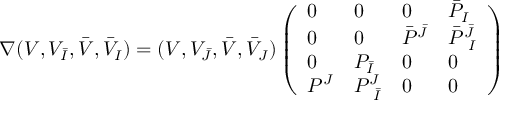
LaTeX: \nabla ( V , V _ { \bar { I } } , \bar { V } , \bar { V } _ { I } ) = ( V , V _ { \bar { J } } , \bar { V } , \bar { V } _ { J } ) \left( \begin{array} { l l l l } { { 0 } } & { { 0 } } & { { 0 } } & { { \bar { P } _ { I } } } \\ { { 0 } } & { { 0 } } & { { \bar { P } ^ { \bar { J } } } } & { { \bar { P } _ { \ I } ^ { \bar { J } } } } \\ { { 0 } } & { { P _ { \bar { I } } } } & { { 0 } } & { { 0 } } \\ { { P ^ { J } } } & { { P _ { \ \bar { I } } ^ { J } } } & { { 0 } } & { { 0 } } \end{array} \right)